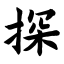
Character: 探